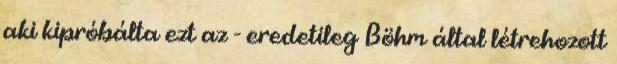
aki kipróbálta ezt az - eredetileg Böhm által létrehozott